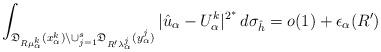
LaTeX: \begin{align*}\int_{\mathfrak{D}_{R\mu^k_\alpha}(x^k_\alpha)\setminus\cup^s_{j=1}\mathfrak{D}_{R'\lambda^j_\alpha}(y^j_\alpha)}|\hat{u}_\alpha-U^k_\alpha|^{2^*}\,d\sigma_{\hat{h}}=o(1)+\epsilon_\alpha(R')\end{align*}